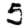
Digit: 5